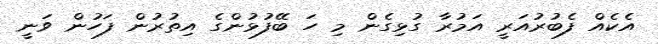
އެކެއް ފެބުރުއަރީ އަމުރާ ގުޅިގެން މި ހަ ބޭފުޅުންގެ އިތުރުން ފަހުން ވަނީ